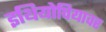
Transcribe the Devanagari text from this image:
इथियोपियावर